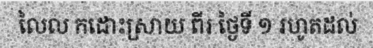
លៃល កដោះស្រាយ ពីរ ថ្ងៃទី ១ រហូតដល់